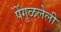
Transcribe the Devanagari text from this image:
पेंगुळलेली